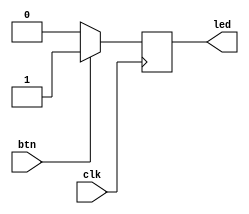
module ARC(clk, btn, led);

//`define	l_1	8'b1001_1111
//`define	l_2	8'b0010_0101

input clk;
input btn;
output reg led;
//output reg[7:0] out;
//output reg[7:0] out_a;
//reg[25:0]	count;
//reg[1:0]	led_count;



always@(posedge clk)begin
	if(btn)begin
		led<=1'b1;
		end
	else begin
		led<=1'b0;
		end
end

endmodule